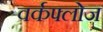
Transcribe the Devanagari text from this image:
वर्कफ्लोज